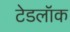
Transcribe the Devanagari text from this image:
टेडलॉक